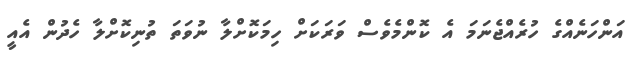
އަންހަނެއްގެ ހުރެއްޖެނަމަ އެ ކޮންމެވެސް ވަރަކަށް ހިމަކޮށްލާ ނުވަތަ ތުނިކޮށްލާ ހެދުން އެއީ